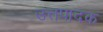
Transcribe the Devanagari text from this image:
उत्तपादक